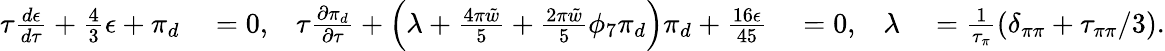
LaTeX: \begin{array}{rlrlrl}{\tau\frac{d\epsilon}{d\tau}+\frac{4}{3}\epsilon+\pi_{d}}&{{}=0,}&{\tau\frac{\partial\pi_{d}}{\partial\tau}+\left(\lambda+\frac{4\pi\tilde{w}}{5}+\frac{2\pi\tilde{w}}{5}\phi_{7}\pi_{d}\right)\pi_{d}+\frac{16\epsilon}{45}}&{{}=0,}&{\lambda}&{{}=\frac{1}{\tau_{\pi}}(\delta_{\pi\pi}+\tau_{\pi\pi}/3).}\end{array}